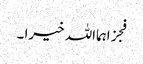
فجزاہمااللہ خیرا ۔